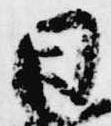
日